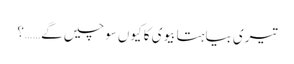
تیری بیاہتا بیوی کا کیوں سوچیں گے……؟